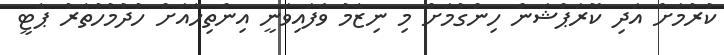
ކުރުމަށް އަދި ކޮރަޕްޝަން ހިންގުމަށް މި ނިޒާމު ވެފައިވަނީ އިންތިހާއަށް ހުދުމުހުތާރު ޕާޓީ